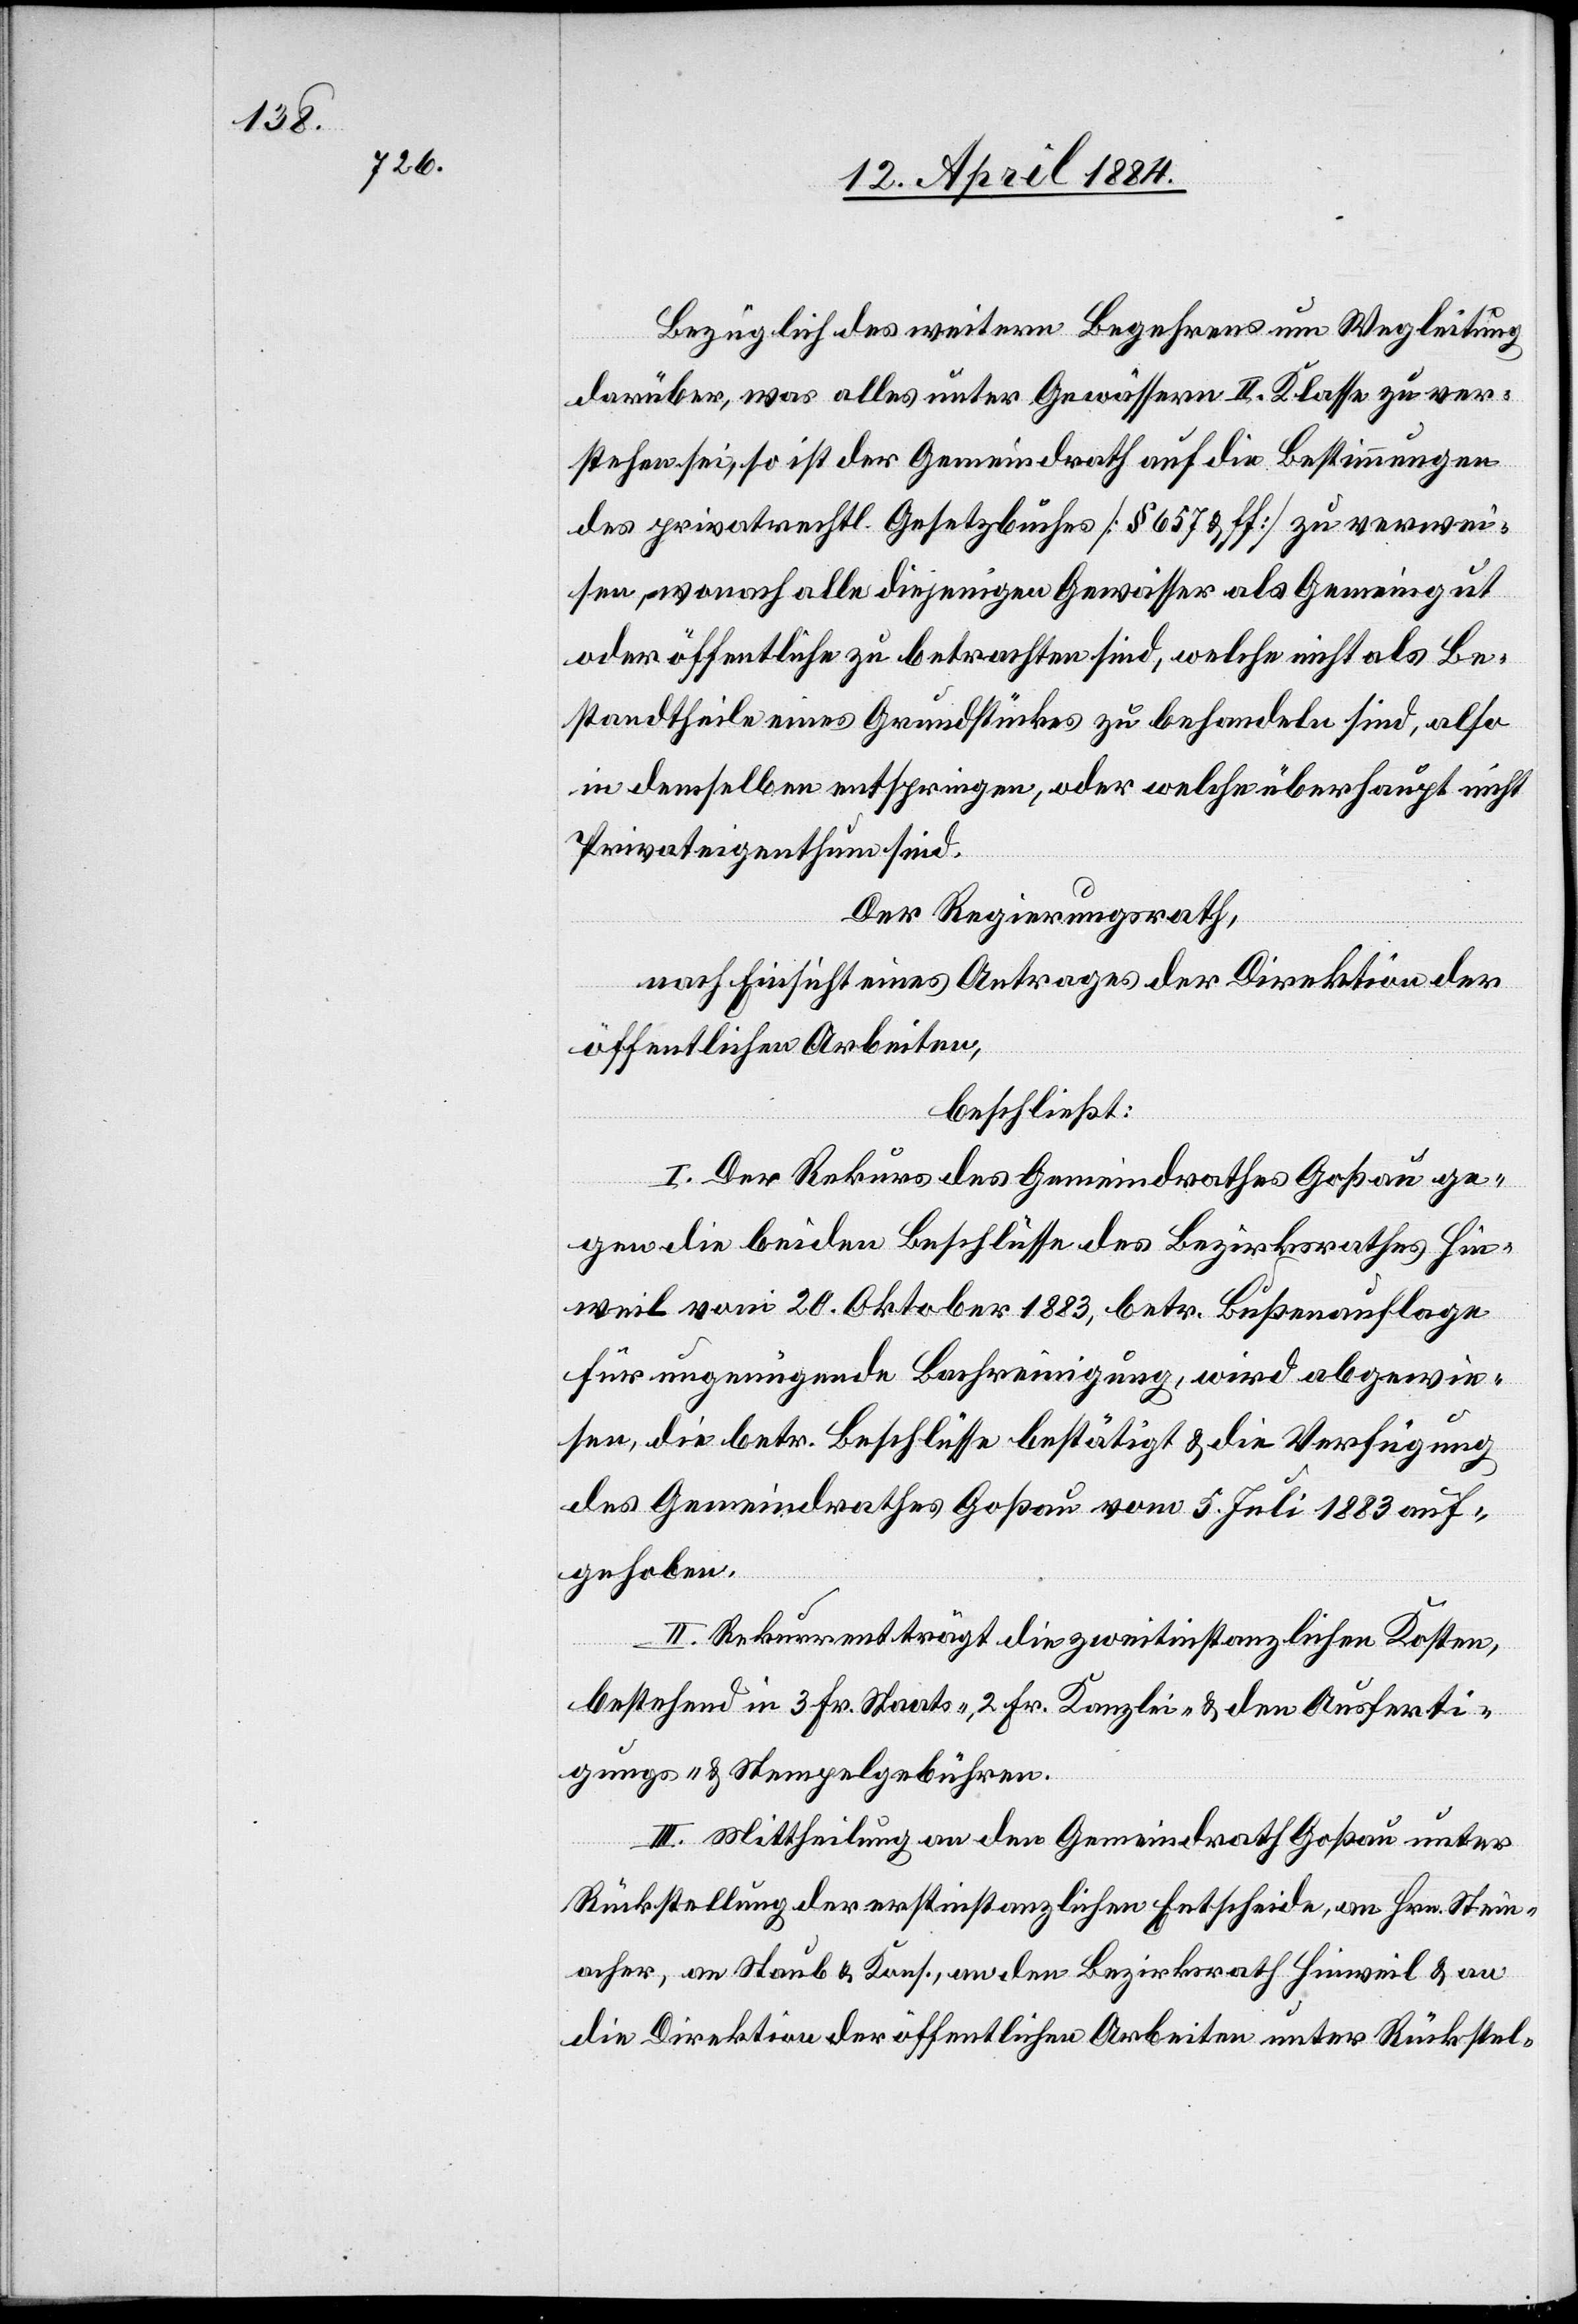
Bezüglich des weitern Begehrens um Wegleitung
darüber, was alles unter Gewässern II. Klasse zu ver¬
stehen sei, so ist der Gemeindrath auf die Bestimmungen
des privatrechtl. Gesetzbuches [§ 657 & ff] zu verwei¬
sen, wonach alle diejenigen Gewässer als Gemeindegut
oder öffentliche zu betrachten sind, welche nicht als Be¬
standtheile eines Grundstückes zu behandeln sind, also
in demselben entspringen, oder welche überhaupt nicht
Privateigenthum sind.
Der Regierungsrath,
nach Einsicht eines Antrages der Direktion der
öffentlichen Arbeiten,
beschließt:
I. Der Rekurs des Gemeindrathes Goßau ge¬
gen die beiden Beschlüsse des Bezirksrathes Hin¬
weil vom 20. Oktober 1883, betr. Bußenauflage
für ungenügende Bachreinigung, wird abgewie¬
sen, die betr. Beschlüsse bestätigt & die Verfügung
des Gemeindrathes Goßau vom 5. Juli 1883 auf¬
gehoben.
II. Rekurrent trägt die zweitinstanzlichen Kosten,
bestehend in 3 Fr. Staats-, 2 Fr. Kanzlei- & den Ausferti¬
gungs- & Stempelgebühren.
III. Mittheilung an den Gemeindrath Goßau unter
Rückstellung der erstinstanzlichen Entscheide, an Hrn. Stein¬
acher, an Staub & Kons., an den Bezirksrath Hinweil & an
die Direktion der öffentlichen Arbeiten unter Rückstel-